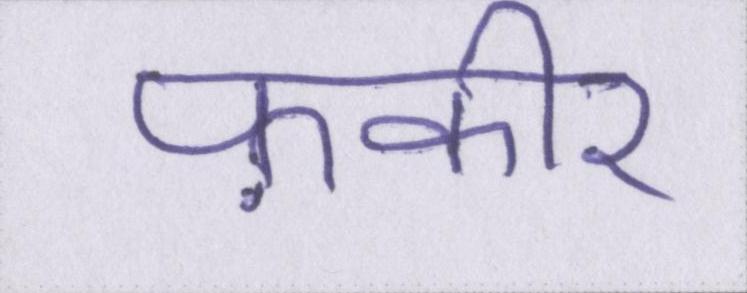
फ़कीर